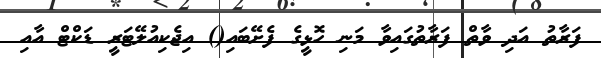
ފަރާތު އަދި ވާތް ފަރާތުގައިވާ މަނި ހޮޅީގެ ފެށޭބައި() އިޖެކިއުލޭޓަރީ ޑަކްޓް އާއި